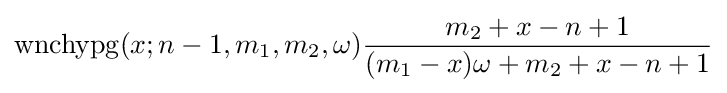
\operatorname {wnchypg} (x;n-1,m_{1},m_{2},\omega ){\frac {m_{2}+x-n+1}{(m_{1}-x)\omega +m_{2}+x-n+1}}